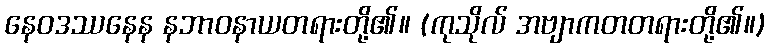
နေဝဒဿနေန နဘာဝနာယတရားတို့၏။ (ကုသိုလ် အဗျာကတတရားတို့၏။)